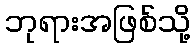
ဘုရားအဖြစ်သို့